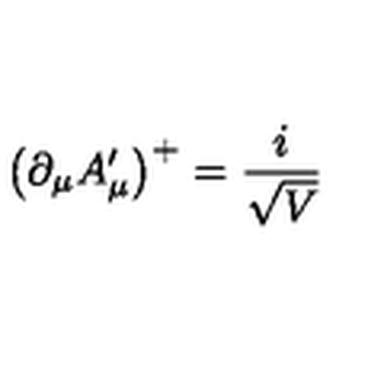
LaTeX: \left( \partial _ { \mu } A _ { \mu } ^ { \prime } \right) ^ { + } = \frac { i } { \sqrt { V } }